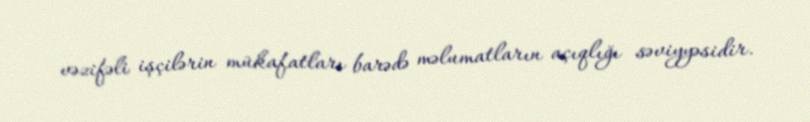
vəzifəli işçilərin mükafatları barədə məlumatların açıqlığı səviyyəsidir.